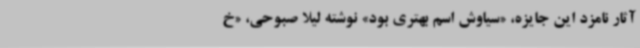
آثار نامزد این جایزه، «سیاوش اسم بهتری بود» نوشته‌ لیلا صبوحی، «خ